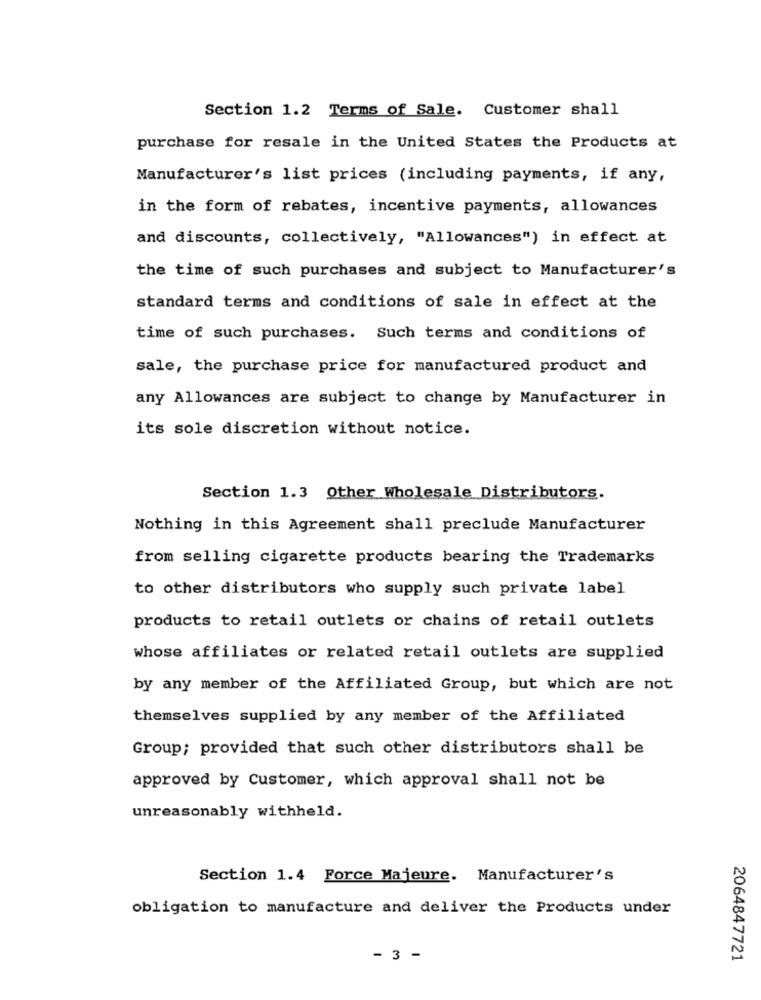
Section 1.2 Terms of Sale. Customer shall
purchase for resale in the United States the Products at
Manufacturer's list prices (including payments, if any,
in the form of rebates, incentive payments, allowances
and discounts, collectively, "Allowances") in effect at
the time of such purchases and subject to Manufacturer's
standard terms and conditions of sale in effect at the
time of such purchases. Such terms and conditions of
sale, the purchase price for manufactured product and
any Allowances are subject to change by Manufacturer in
its sole discretion without notice.
Section 1.3 Other Wholesale Distributors.
Nothing in this Agreement shall preclude Manufacturer
from selling cigarette products bearing the Trademarks
to other distributors who supply such private label
products to retail outlets or chains of retail outlets
whose affiliates or related retail outlets are supplied
by any member of the Affiliated Group, but which are not
themselves supplied by any member of the Affiliated
Group; provided that such other distributors shall be
approved by Customer, which approval shall not be
unreasonably withheld.
Section 1.4 Force Majeure. Manufacturer's
obligation to manufacture and deliver the Products under
- 3 -
2064847721